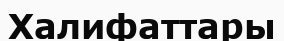
Халифаттары